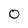
Character: 0